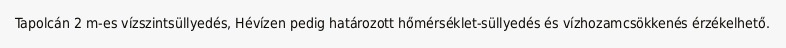
Tapolcán 2 m-es vízszintsüllyedés, Hévízen pedig határozott hőmérséklet-süllyedés és vízhozamcsökkenés érzékelhető.